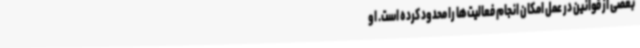
بعضی از قوانین در عمل امکان انجام فعالیت‌ها را محدود کرده است. او